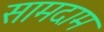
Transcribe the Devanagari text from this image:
सामदाम